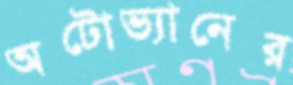
অটোভ্যানের